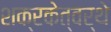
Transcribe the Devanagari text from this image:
शक्रकेत्वर्थे